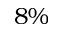
8 \%